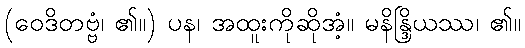
(ဝေဒိတဗ္ဗံ၊ ၏။) ပန၊ အထူးကိုဆိုအံ့။ မနိန္ဒြိယဿ၊ ၏။